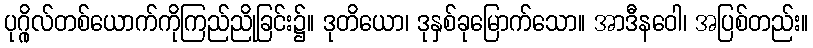
ပုဂ္ဂိုလ်တစ်ယောက်ကိုကြည်ညိုခြင်း၌။ ဒုတိယော၊ ဒုနှစ်ခုမြောက်သော။ အာဒီနဝေါ၊ အပြစ်တည်း။